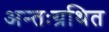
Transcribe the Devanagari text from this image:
अन्तःग्रथित